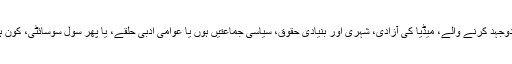
میڈیا سے وابستہ یا جمہوریت کے لئے جدوجہد کرنے والے، میڈیا کی آزادی، شہری اور بنیادی حقوق، سیاسی جماعتیں ہوں یا عوامی ادبی حلقے، یا پھر سول سوسائٹی، کون ہے جو حسین نقی کے نام سے واقف نہ ہو۔